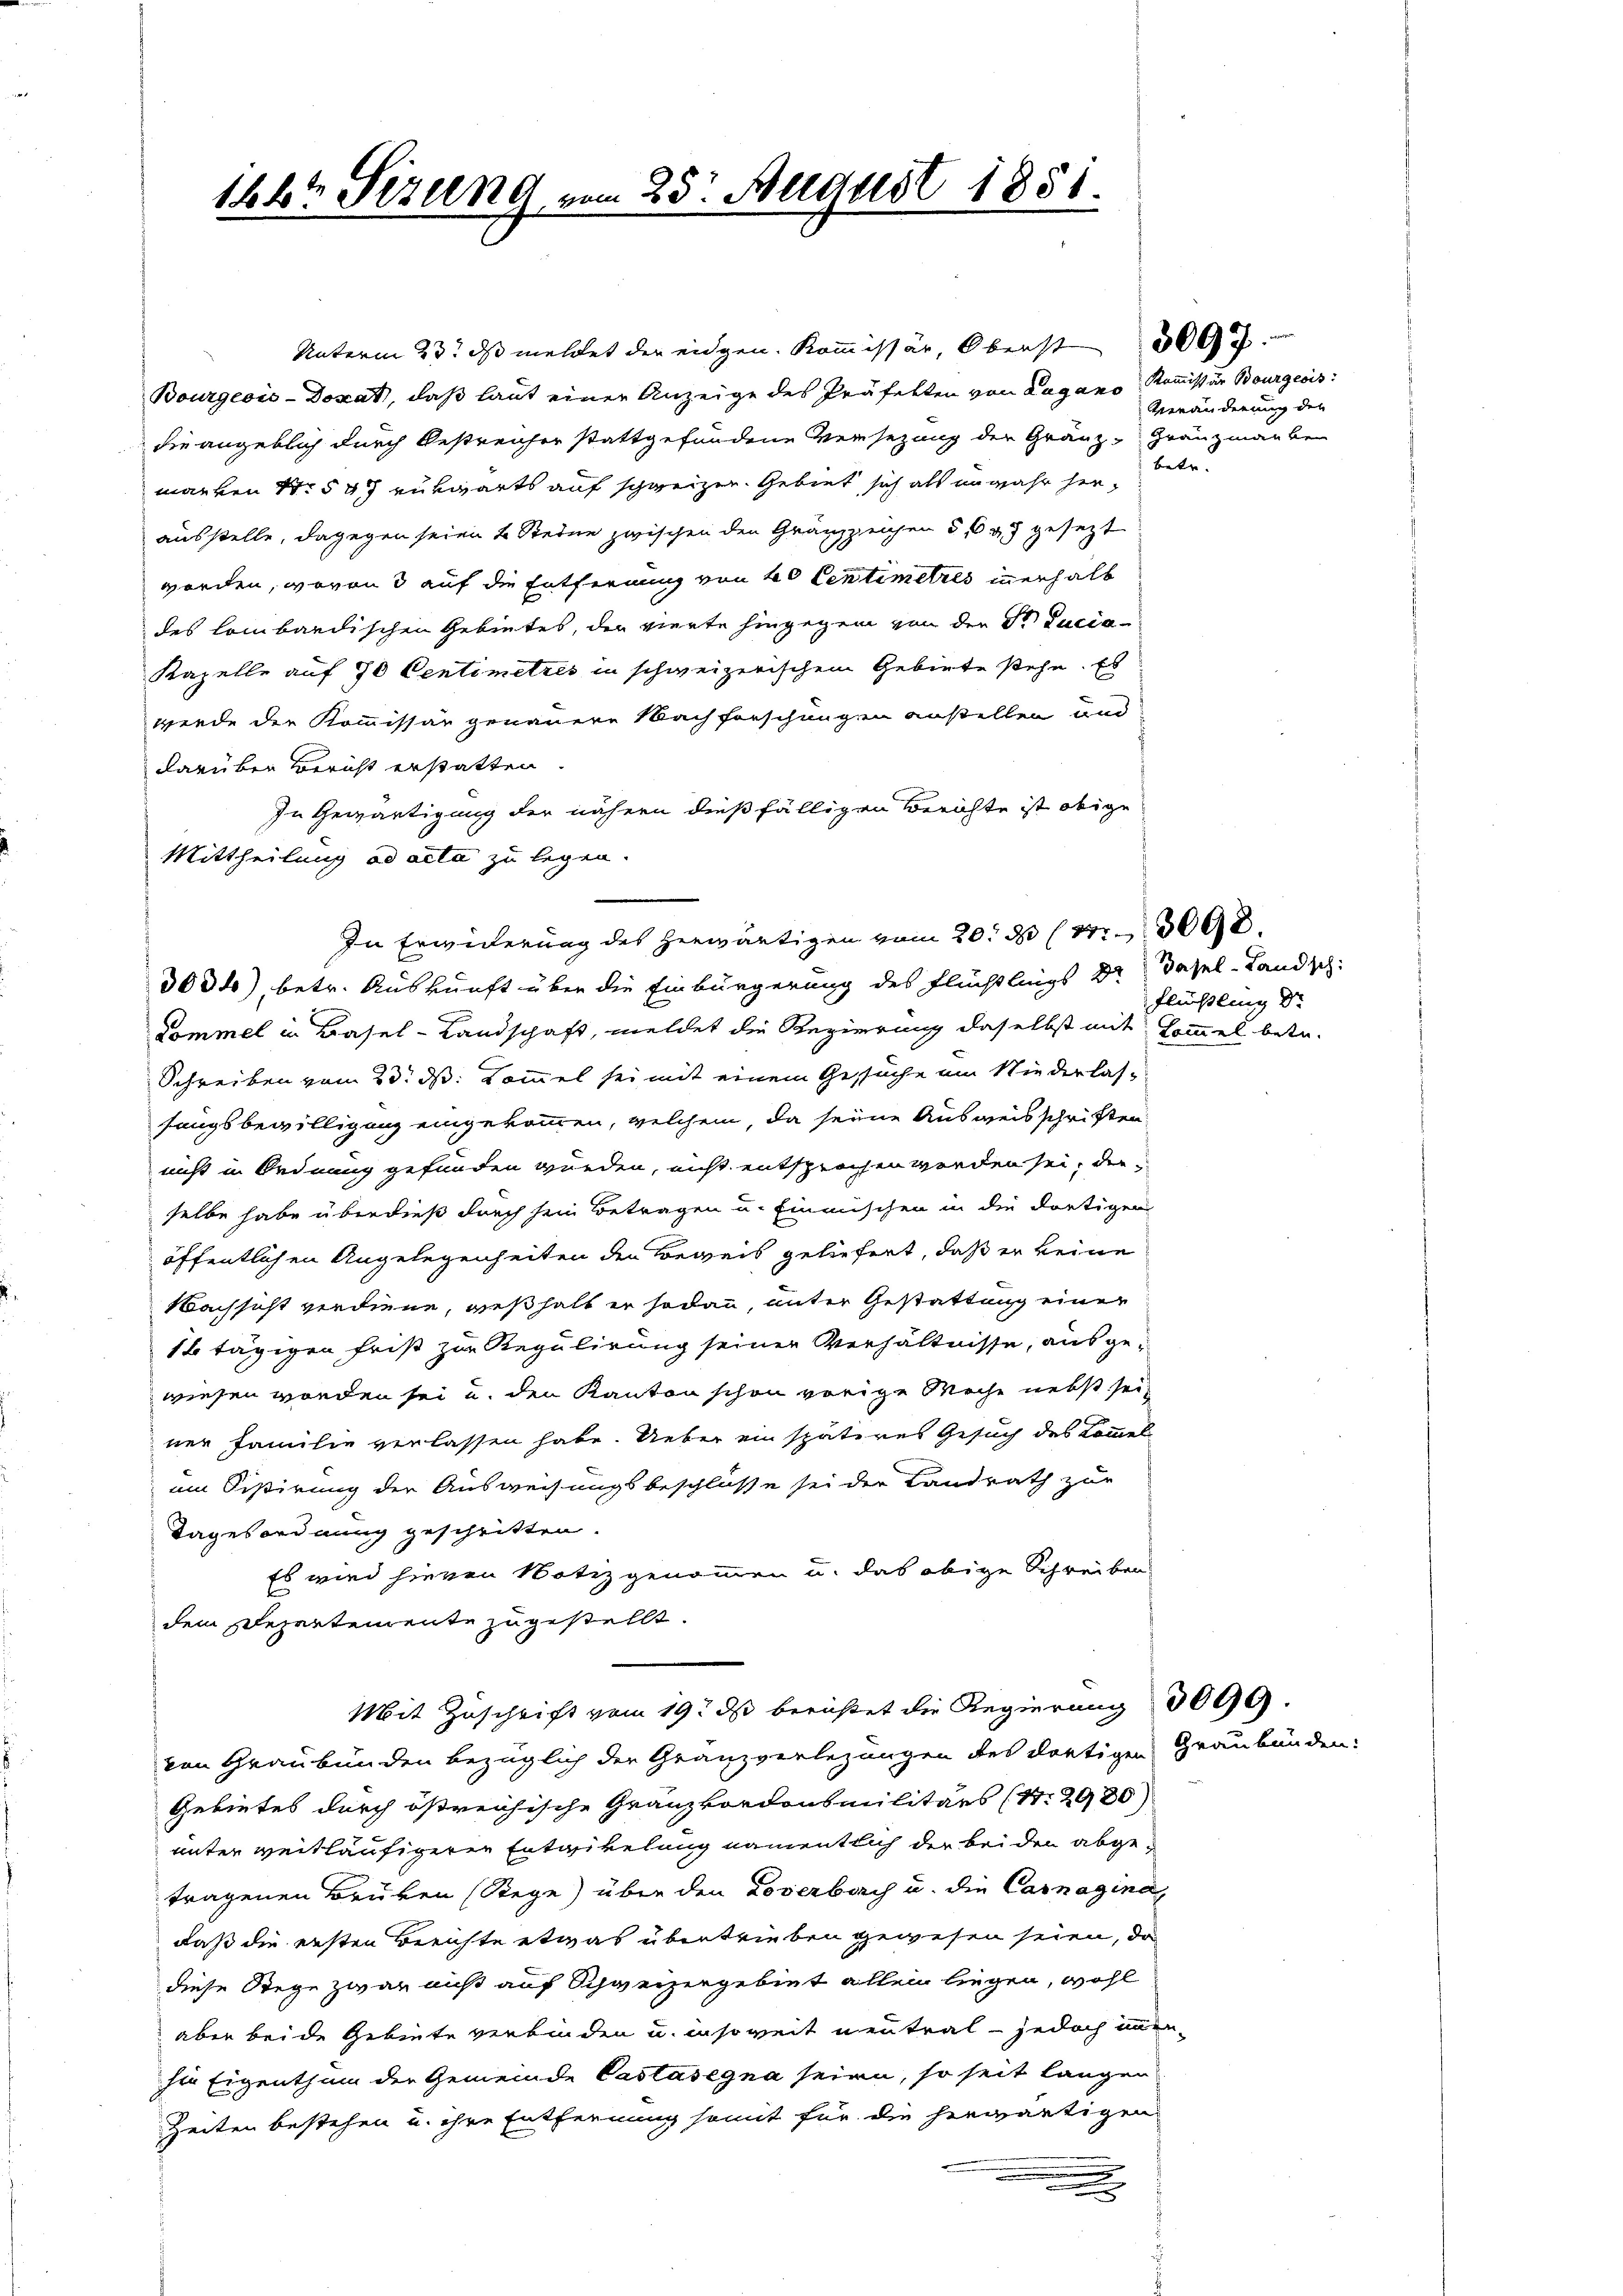
1842 Sizung zu

25. August 1881

Unterm 23. ds meldet der eidgen. Kommissär, Oberst 300
Bourgeois-Doxat, daß laut einer Anzeige des Präfekten von Lugano Kommissär Bourgeois
sie angeblich durch Bestreicher stattgefundene Versezung der Gränz Grauzmanber
marken Nr 547 rükwärts auf schweizer. Gebiet sich als unwahr herausstelle, dagegen seien 4 Steine zwischen den Gränzzeichen der gesezt
worden, wovon 3 auf die Entfernung von 60 Centimetris innerhalb
des lombardischen Gebietes, der vierte hingegen von der Sr Ducia¬
Kapelle auf 70 Centimetris in schweizerischem Gebiete stehe. Es
werde der Kommissär genauere Nachforschungen anstellen und
darüber Bericht erstatten.
In Gewärtigung der nähern dießfälligen Berichte ist obige
Mittheilung ad acta zu legen.
In Erwiderung des herwärtigen vom 20. 3 (13000.
3004), betr. Auskunft über die Einbürgerung des Flüchtlings Dr Basel-Landsch
Dommel in Basel-Landschaft, meldet die Regierung daselbst mit Sommel betr.
Schreiben vom 23. ds. Kommel sei mit einem Gesuche um Niederlas-
fangsbewilligung eingekommen, welchem, da seine Ausweisschriften
nicht in Ordnung gefunden würden, nicht entsprochen werden sei, der
selbe habe überdieß durch sein Betragen u. Einmischen in die dortigen
öffentlichen Angelegenheiten den Beweis geliefert, daß er keine
Nachsicht verdiene, weßhalt er sodann, unter Gestattung einer
1t tägigen Frist zur Regulirung seiner Verhältnisse, ausgewiesen worden sei u. den Kanton schon vorige Woche nebst seiner Familie verlassen habe. Ueber ein späteres Gesuch des Kommel
im Sistirung der Ausweisungsbeschlüsse sei der Landrath zur
Tagesordnung geschritten.
Es wird hievon Notiz genommen u. das obige Schreiben
dem Departemente zugestellt.
Mit Zuschrift vom 19. ds berichtet die Regierung 3099.
von Graubünden bezüglich der Granzverlegungen des dortigen Graubünden:
Gebietes durch östreichische Granzkordonsmilitärs (S. 2980)
unter weitläufigeren Entwickelung namentlich der bei den abgetragenen Brüken (Stege) über den Loverbach u. die Carnagina
daß die ersten Berichte etwas übertrieben gewesen seien, da
diese Stege zwar aus auf Schweizergebiet allein liegen, wohl
aber beide Gebiete verbinden u. insoweit neutral - jedoch einer
sie Eigenthum der Gemeinde Castasegna seien, so seit langen
Zeiten bestehen u. ihre Entfernung somit für die herwärtigen
.

Veränderung der
betr.

Flüßling Dr.